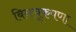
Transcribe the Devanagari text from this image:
बिनचूकपणा